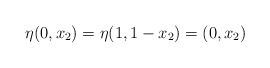
LaTeX: \begin{align*}\eta(0,x_2) = \eta(1,1-x_2) = (0,x_2)\end{align*}